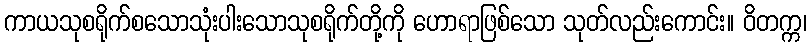
ကာယသုစရိုက်စသောသုံးပါးသောသုစရိုက်တို့ကို ဟောရာဖြစ်သော သုတ်လည်းကောင်း။ ဝိတက္က၊